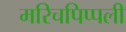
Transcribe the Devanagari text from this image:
मरिचपिप्पली